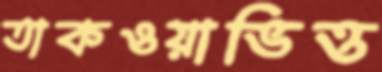
তাকওয়াভিত্ত